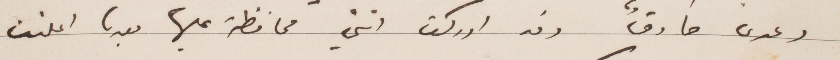
وعدي صادق وقد ادركت انني محافظة عليها بعد ان أعلنت